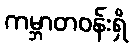
ကမ္ဘာတဝန်းရှိ